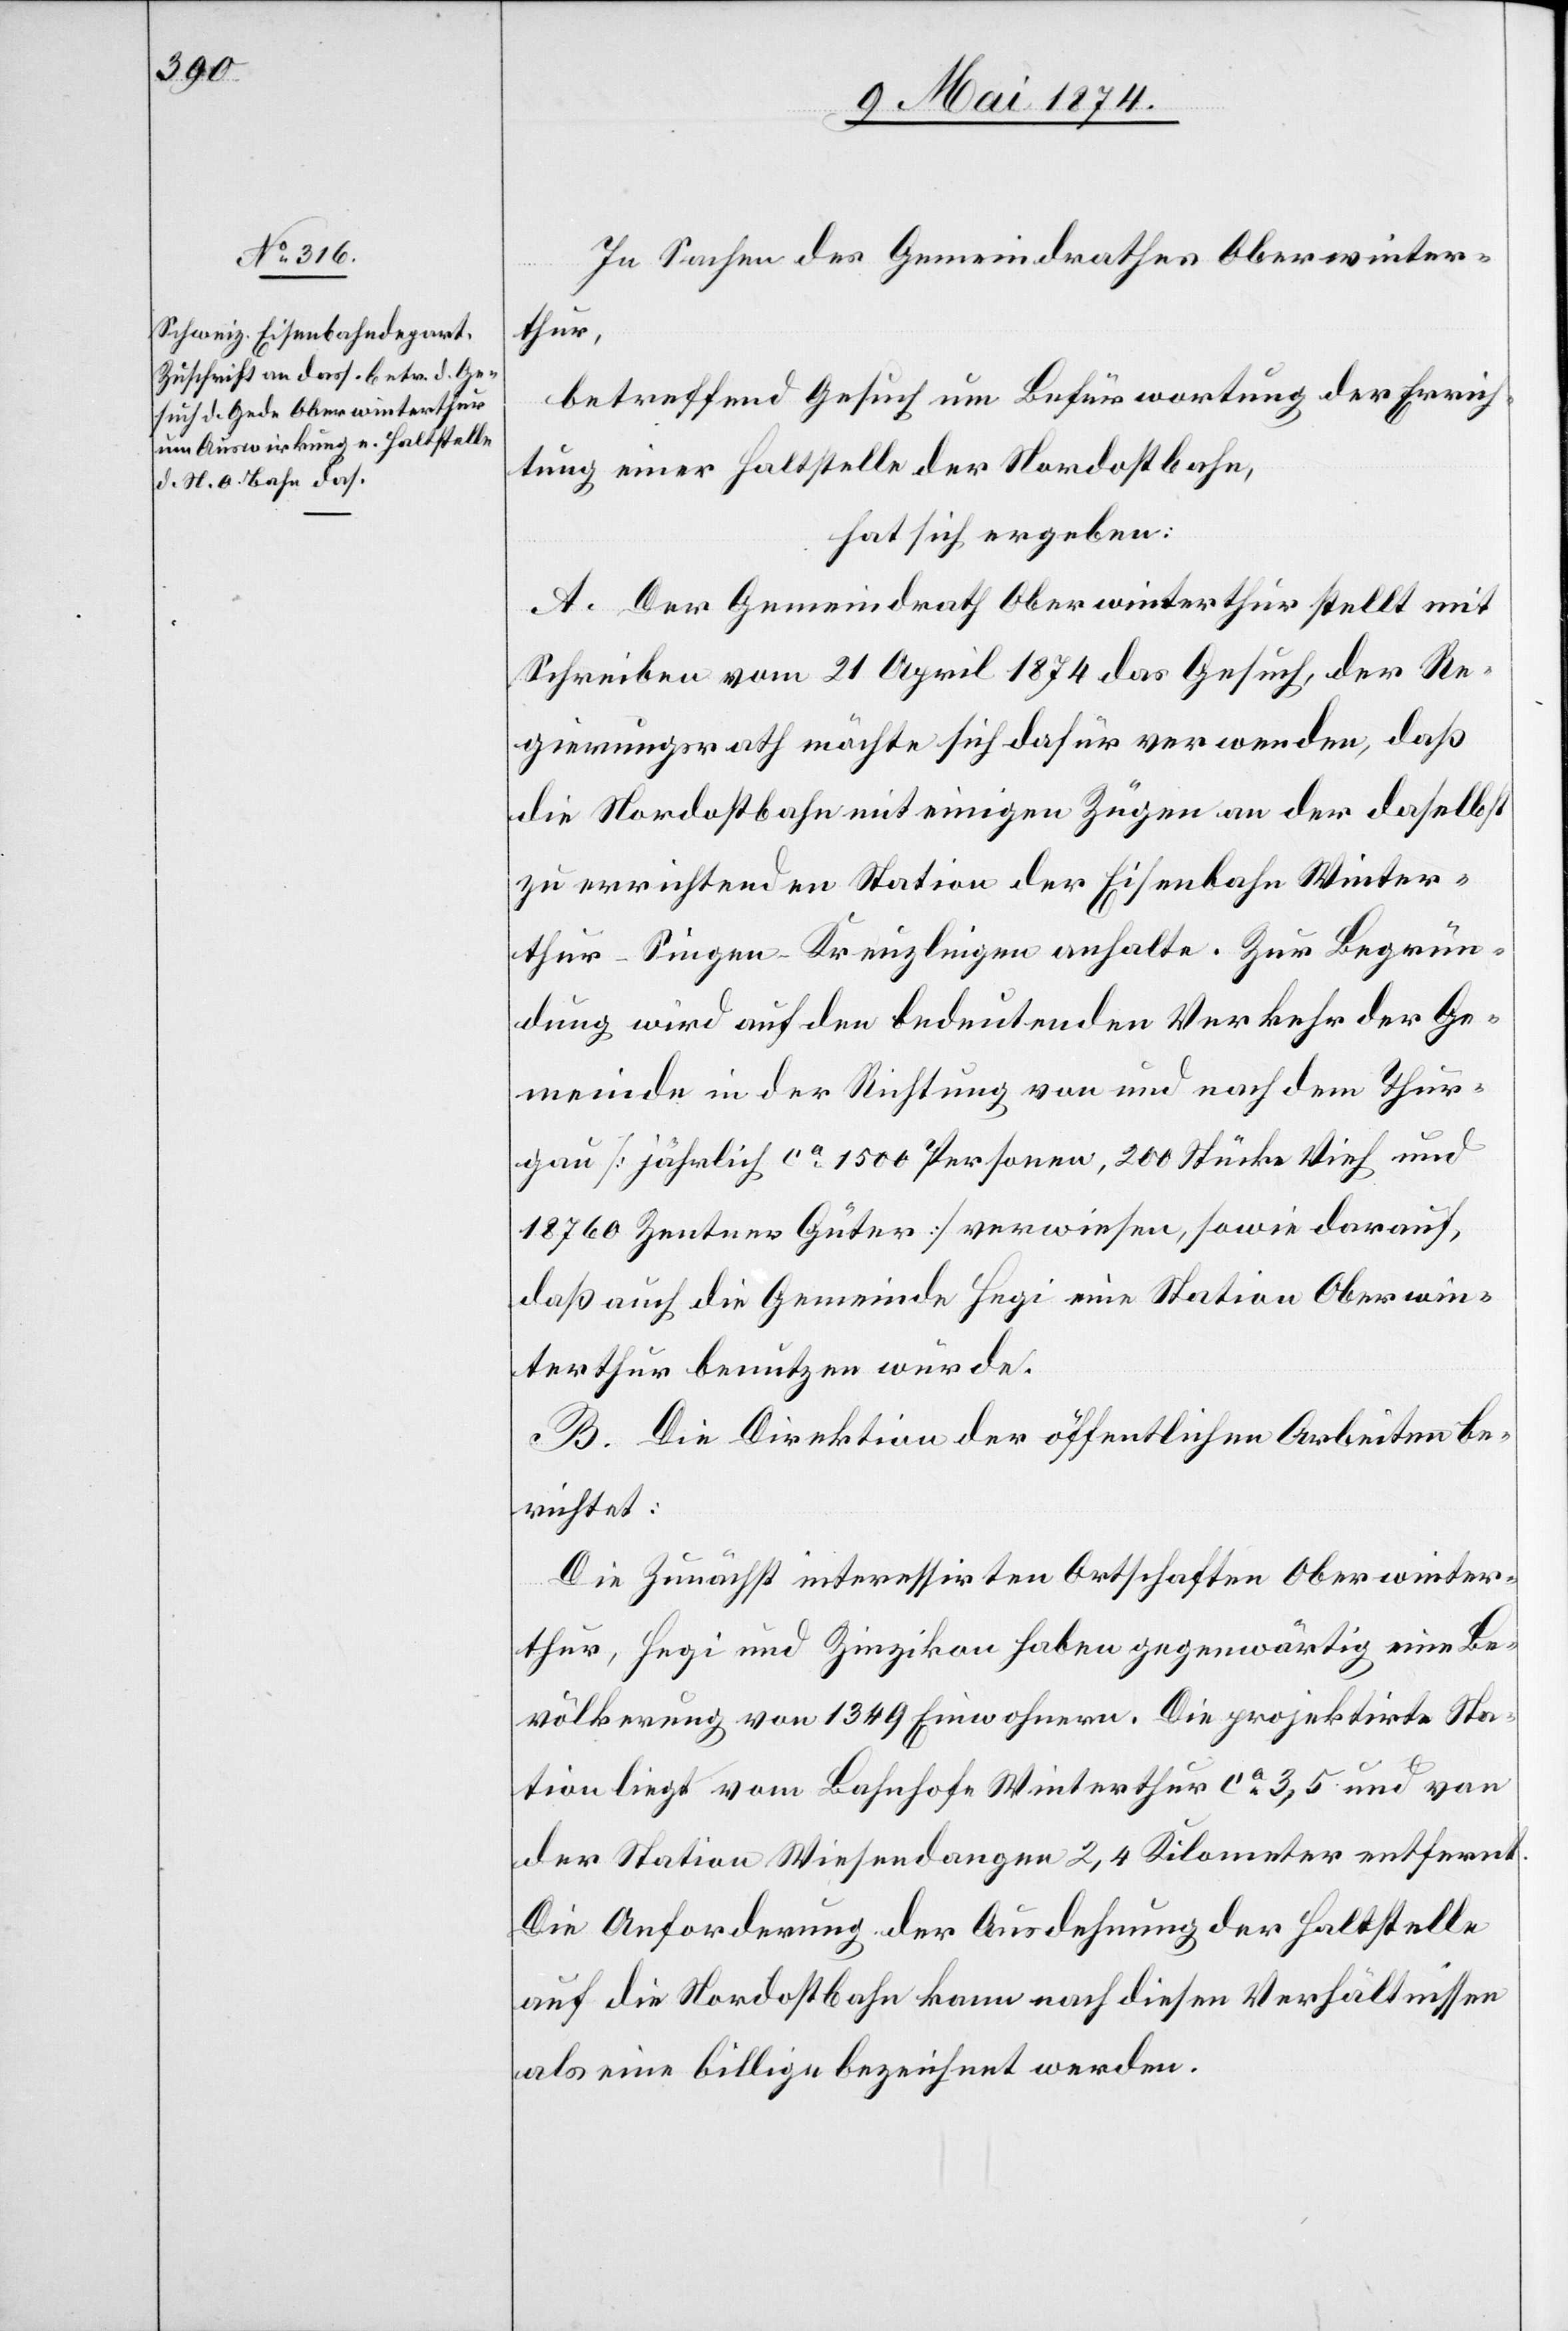
In Sachen des Gemeindrathes Oberwinter¬
thur,
betreffend Gesuch um Befürwortung der Errich¬
tung einer Haltstelle der Nordostbahn,
hat sich ergeben:
A. Der Gemeindrath Oberwinterthur stellt mit
Schreiben vom 21. April 1874 das Gesuch, der Re¬
gierungsrath möchte sich dafür verwenden, daß
die Nordostbahn mit einigen Zügen an der daselbst
zu errichtenden Station der Eisenbahn Winter¬
thur-Singen-Kreuzlingen anhalte. Zur Begrün¬
dung wird auf den bedeutenden Verkehr der Ge¬
meinde in der Richtung von und nach dem Thur¬
gau [jährlich ca 1500 Personen, 200 Stücke Vieh und
18 760 Zentner Güter] verwiesen, sowie darauf,
daß auch die Gemeinde Hegi eine Station Oberwin¬
terthur benutzen würde.
B. Die Direktion der öffentlichen Arbeiten be¬
richtet:
Die Zunächst interessirten Ortschaften Oberwinter¬
thur, Hegi und Zinzikon haben gegenwärtig eine Be¬
völkerung von 1349 Einwohnern. Die projektirte Sta¬
tion liegt vom Bahnhofe Winterthur ca 3,5 und von
der Station Wiesendangen 2,4 Kilometer entfernt.
Die Anforderung der Ausdehnung der Haltstelle
auf die Nordostbahn kann nach diesen Verhältnissen
als eine billige bezeichnet werden.